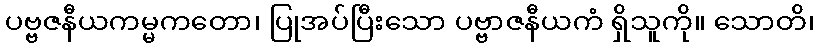
ပဗ္ဗဇနီယကမ္မကတော၊ ပြုအပ်ပြီးသော ပဗ္ဗာဇနီယကံ ရှိသူကို။ သောတိ၊